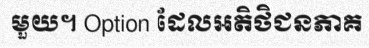
មួយ។ Option ដែលអតិថិជនភាគ